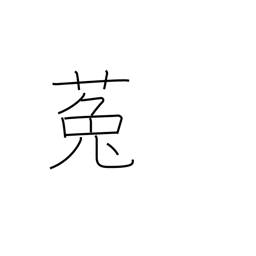
Meaning: dodder (plant)